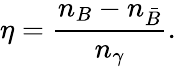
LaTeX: \eta={\frac{n_{B}-n_{\bar{B}}}{n_{\gamma}}}.